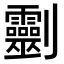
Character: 𠠱